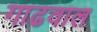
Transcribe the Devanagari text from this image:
गाढवाल